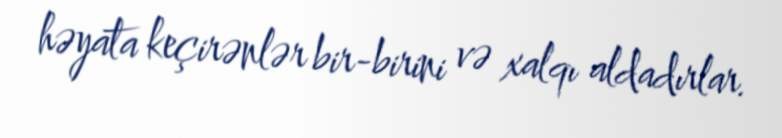
həyata keçirənlər bir-birini və xalqı aldadırlar.